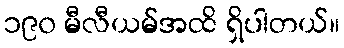
၁၉၀ မီလီယမ်အထိ ရှိပါတယ်။